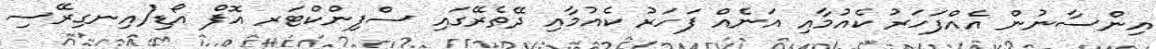
އިންސާނުން އެއްފަހަރު ކެއުމާއި އަނެއް ފަހަރު ކެއުމާއި ދޭތެރޭގައި ސްފިންކްޓަރ އޮފް އޯޑި(އިނގިރޭސި